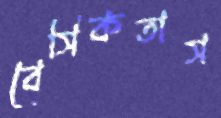
বেসিকতাস